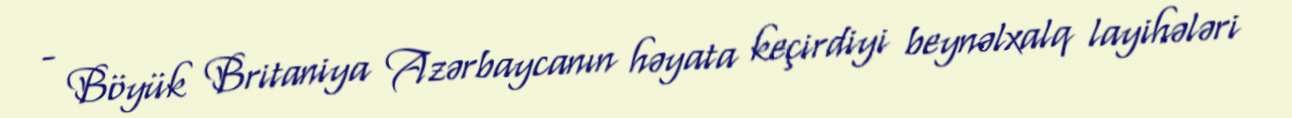
- Böyük Britaniya Azərbaycanın həyata keçirdiyi beynəlxalq layihələri